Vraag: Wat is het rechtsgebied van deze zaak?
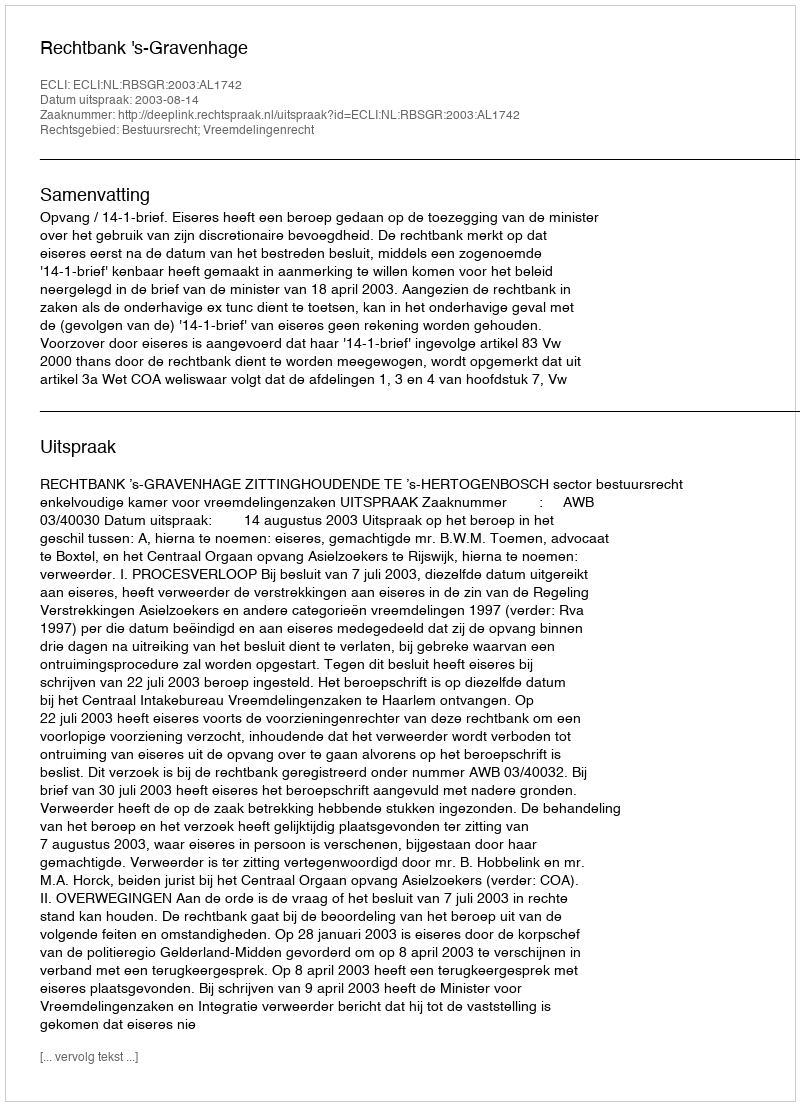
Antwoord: Bestuursrecht; Vreemdelingenrecht